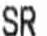
SR